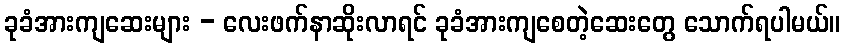
ခုခံအားကျဆေးများ - လေးဖက်နာဆိုးလာရင် ခုခံအားကျစေတဲ့ဆေးတွေ သောက်ရပါမယ်။